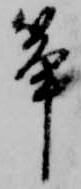
筝